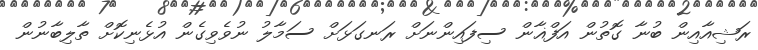
ރަޝިއާއިން ބުނާ ގޮތުން އަފްޣާން ސިފައިންނަށް ރަނގަޅަށް ސަމާލު ނުވެވިގެން އުޅެނިކޮށް ތާލިބާނުން